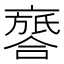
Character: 𠆖